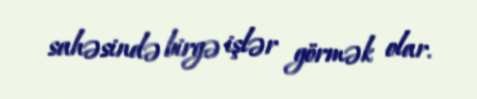
sahəsində birgə işlər görmək olar.